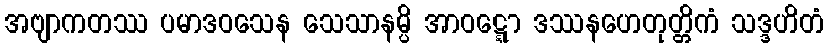
အဗျာကတဿ ပမာဒဝသေန သေသာနမ္ပိ အာဝဋ္ဋော ဒဿနဟေတုတ္တိကံ သဒ္ဒဟိတံ